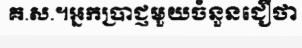
គ.ស.។អ្នកប្រាជ្ញមួយចំនួនជឿថា